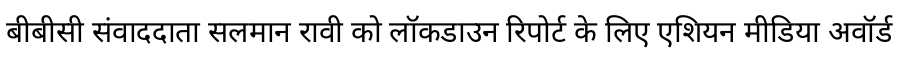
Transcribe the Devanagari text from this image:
बीबीसी संवाददाता सलमान रावी को लॉकडाउन रिपोर्ट के लिए एशियन मीडिया अवॉर्ड